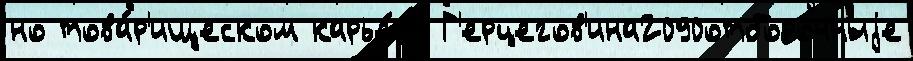
но това́р'ищеском карье́ра Г'ерцегов'ина2090отборочныjе